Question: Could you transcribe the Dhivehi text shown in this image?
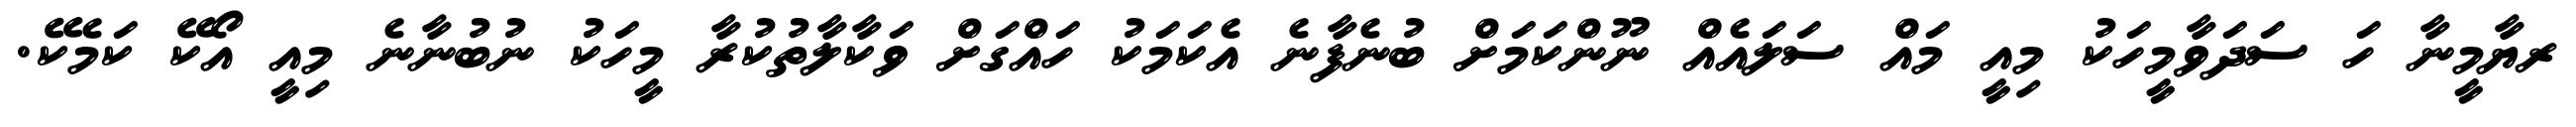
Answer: ރޔާމީނާ ހަ ސަދަވާމީހަކު މިއީ މައް ސަލައެއް ނޫންކަމަށް ބުނެފާނެ އެކަމަކު ހައްގަށް ވަކާލާތުކުރާ މީހަކު ނުބުނާނެ މިއީ އޯކޭ ކަމެކޭ.